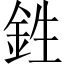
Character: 鉎